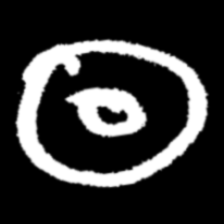
Pyu character \u2014 Myanmar letter: ထ (romanized: tha)